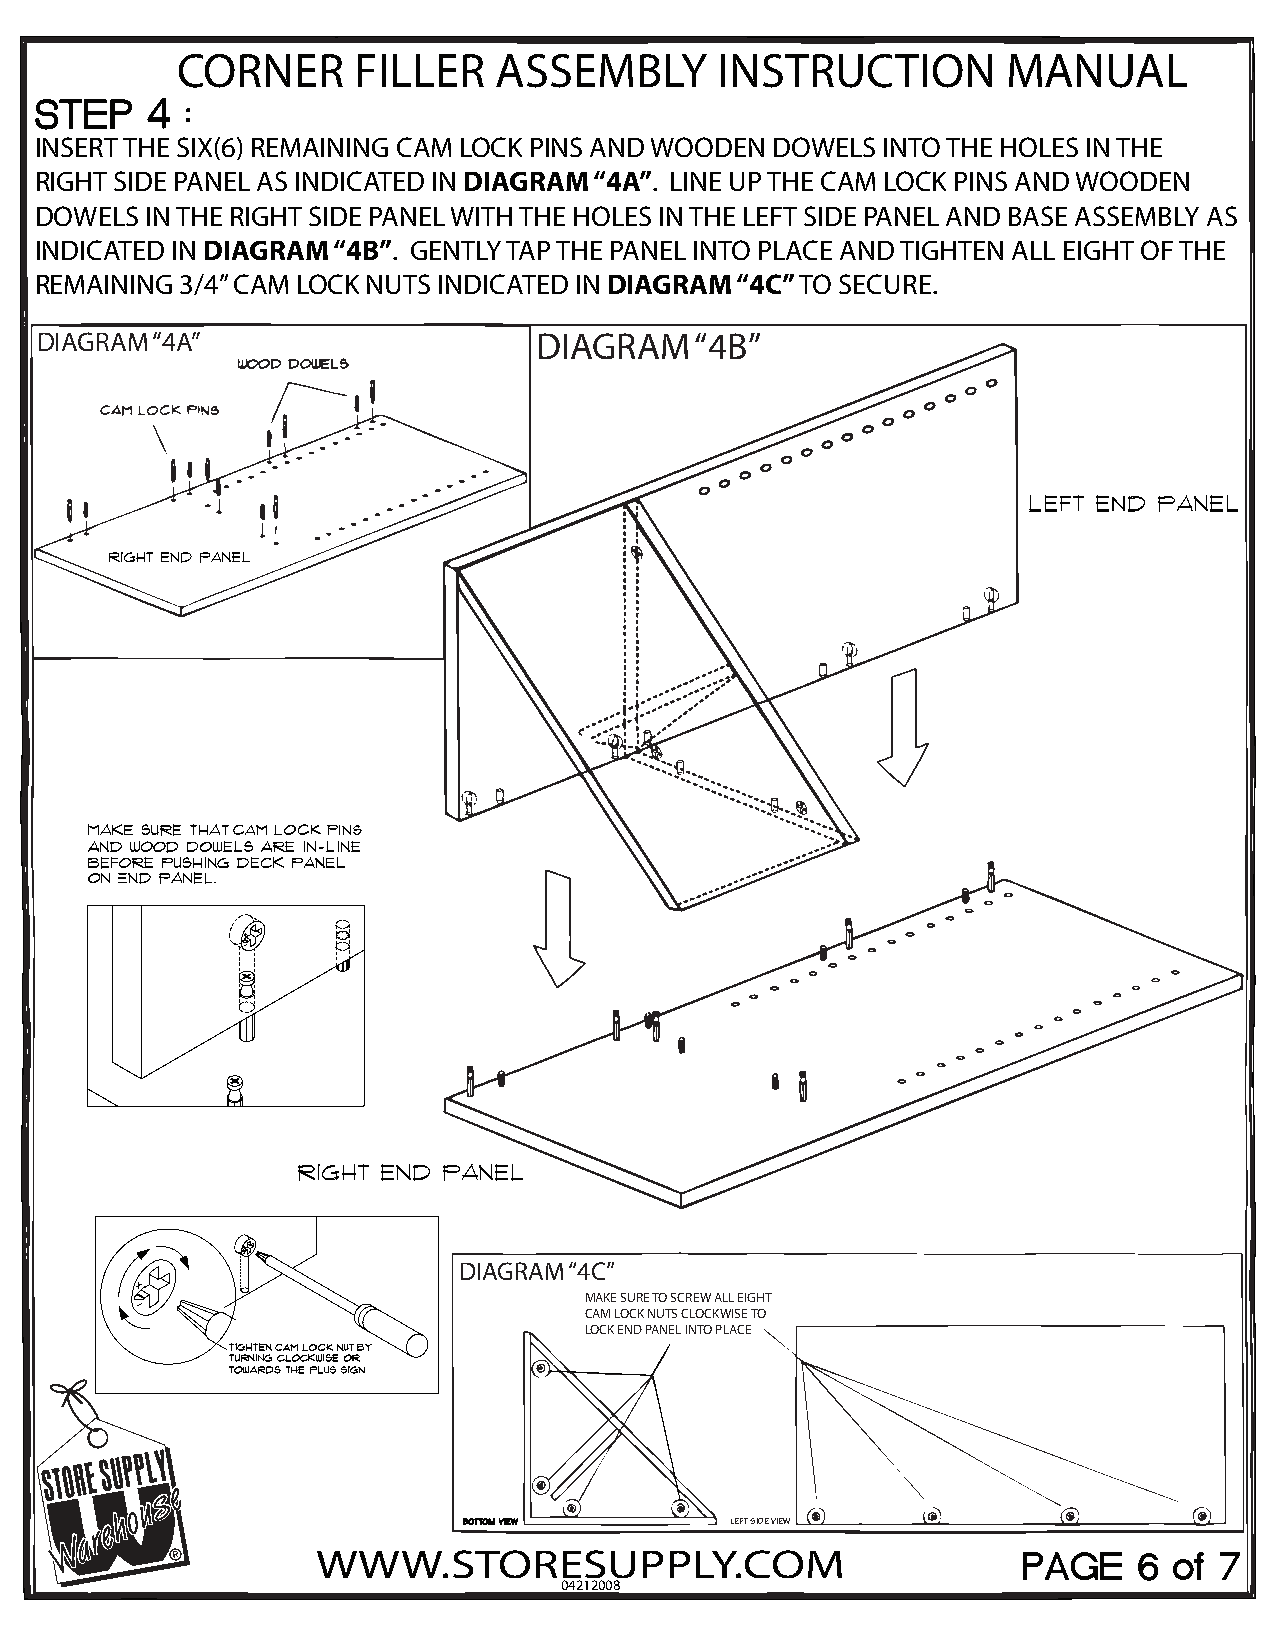
CORNER      FILLER   ASSEMBLY      INSTRUCTION         MANUAL
 INSERT THE SIX(6) REMAINING CAM LOCK PINS AND WOODEN DOWELS INTO THE HOLES IN THE
 RIGHT SIDE PANEL AS INDICATED IN DIAGRAM “4A”. LINE UP THE CAM LOCK PINS AND WOODEN
 DOWELS  IN THE RIGHT SIDE PANEL WITH THE HOLES IN THE LEFT SIDE PANEL AND BASE ASSEMBLY AS
 INDICATED IN DIAGRAM “4B”. GENTLY TAP THE PANEL INTO PLACE AND TIGHTEN ALL EIGHT OF THE
 REMAINING 3/4” CAM LOCK NUTS INDICATED IN DIAGRAM “4C” TO SECURE.
 DIAGRAM “4A”                     DIAGRAM    “4B”
 DIAGRAM “4C”
 MAKE SURE TO SCREW ALL EIGHT
 CAM LOCK NUTS CLOCKWISE TO
 LOCK END PANEL INTO PLACE
 BOTTOM VIEW      LEFT SIDE VIEW
 WWW.STORESUPPLY.COM
 04212008